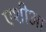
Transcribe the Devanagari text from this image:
एशीआ